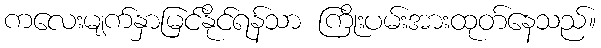
ကလေးမျက်နှာမြင်နိုင်ရန်သာ ကြိုးပမ်းအားထုတ်နေသည်။